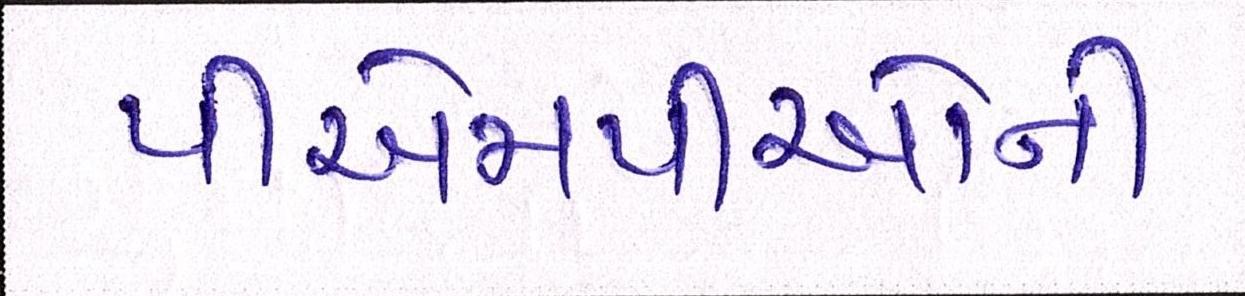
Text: પીએમપીઓની